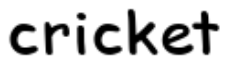
cricket